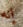
إنه